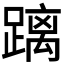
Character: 𮜐